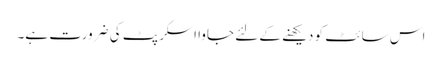
اس سائٹ کو دیکھنے کے لئے جاوا اسکرپٹ کی ضرورت ہے۔